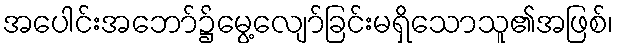
အပေါင်းအဘော်၌မွေ့လျော်ခြင်းမရှိသောသူ၏အဖြစ်၊